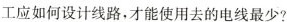
工应如何设计线路，才能使用去的电线最少?